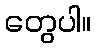
တွေပါ။